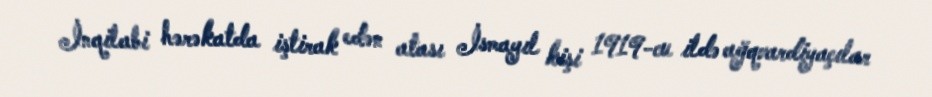
İnqilabi hərəkatda iştirak edən atası İsmayıl kişi 1919-cu ildə ağqvardiyaçılar